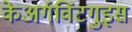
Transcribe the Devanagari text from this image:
केअर्गविंटगुइस